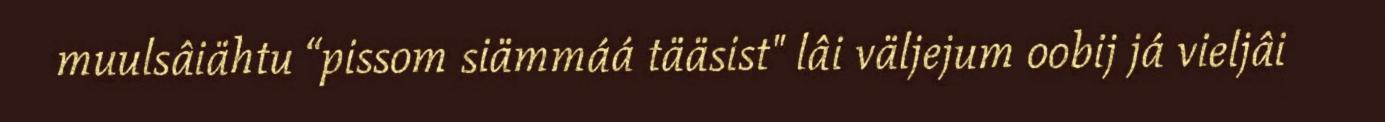
muulsâiähtu “pissom siämmáá tääsist" lâi väljejum oobij já vieljâi